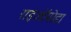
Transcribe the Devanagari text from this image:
राइजॉपोडा